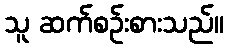
သူ ဆက်စဉ်းစားသည်။